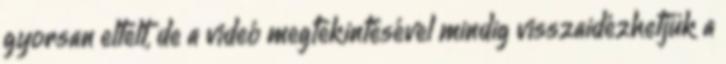
gyorsan eltelt, de a videó megtekintésével mindig visszaidézhetjük a